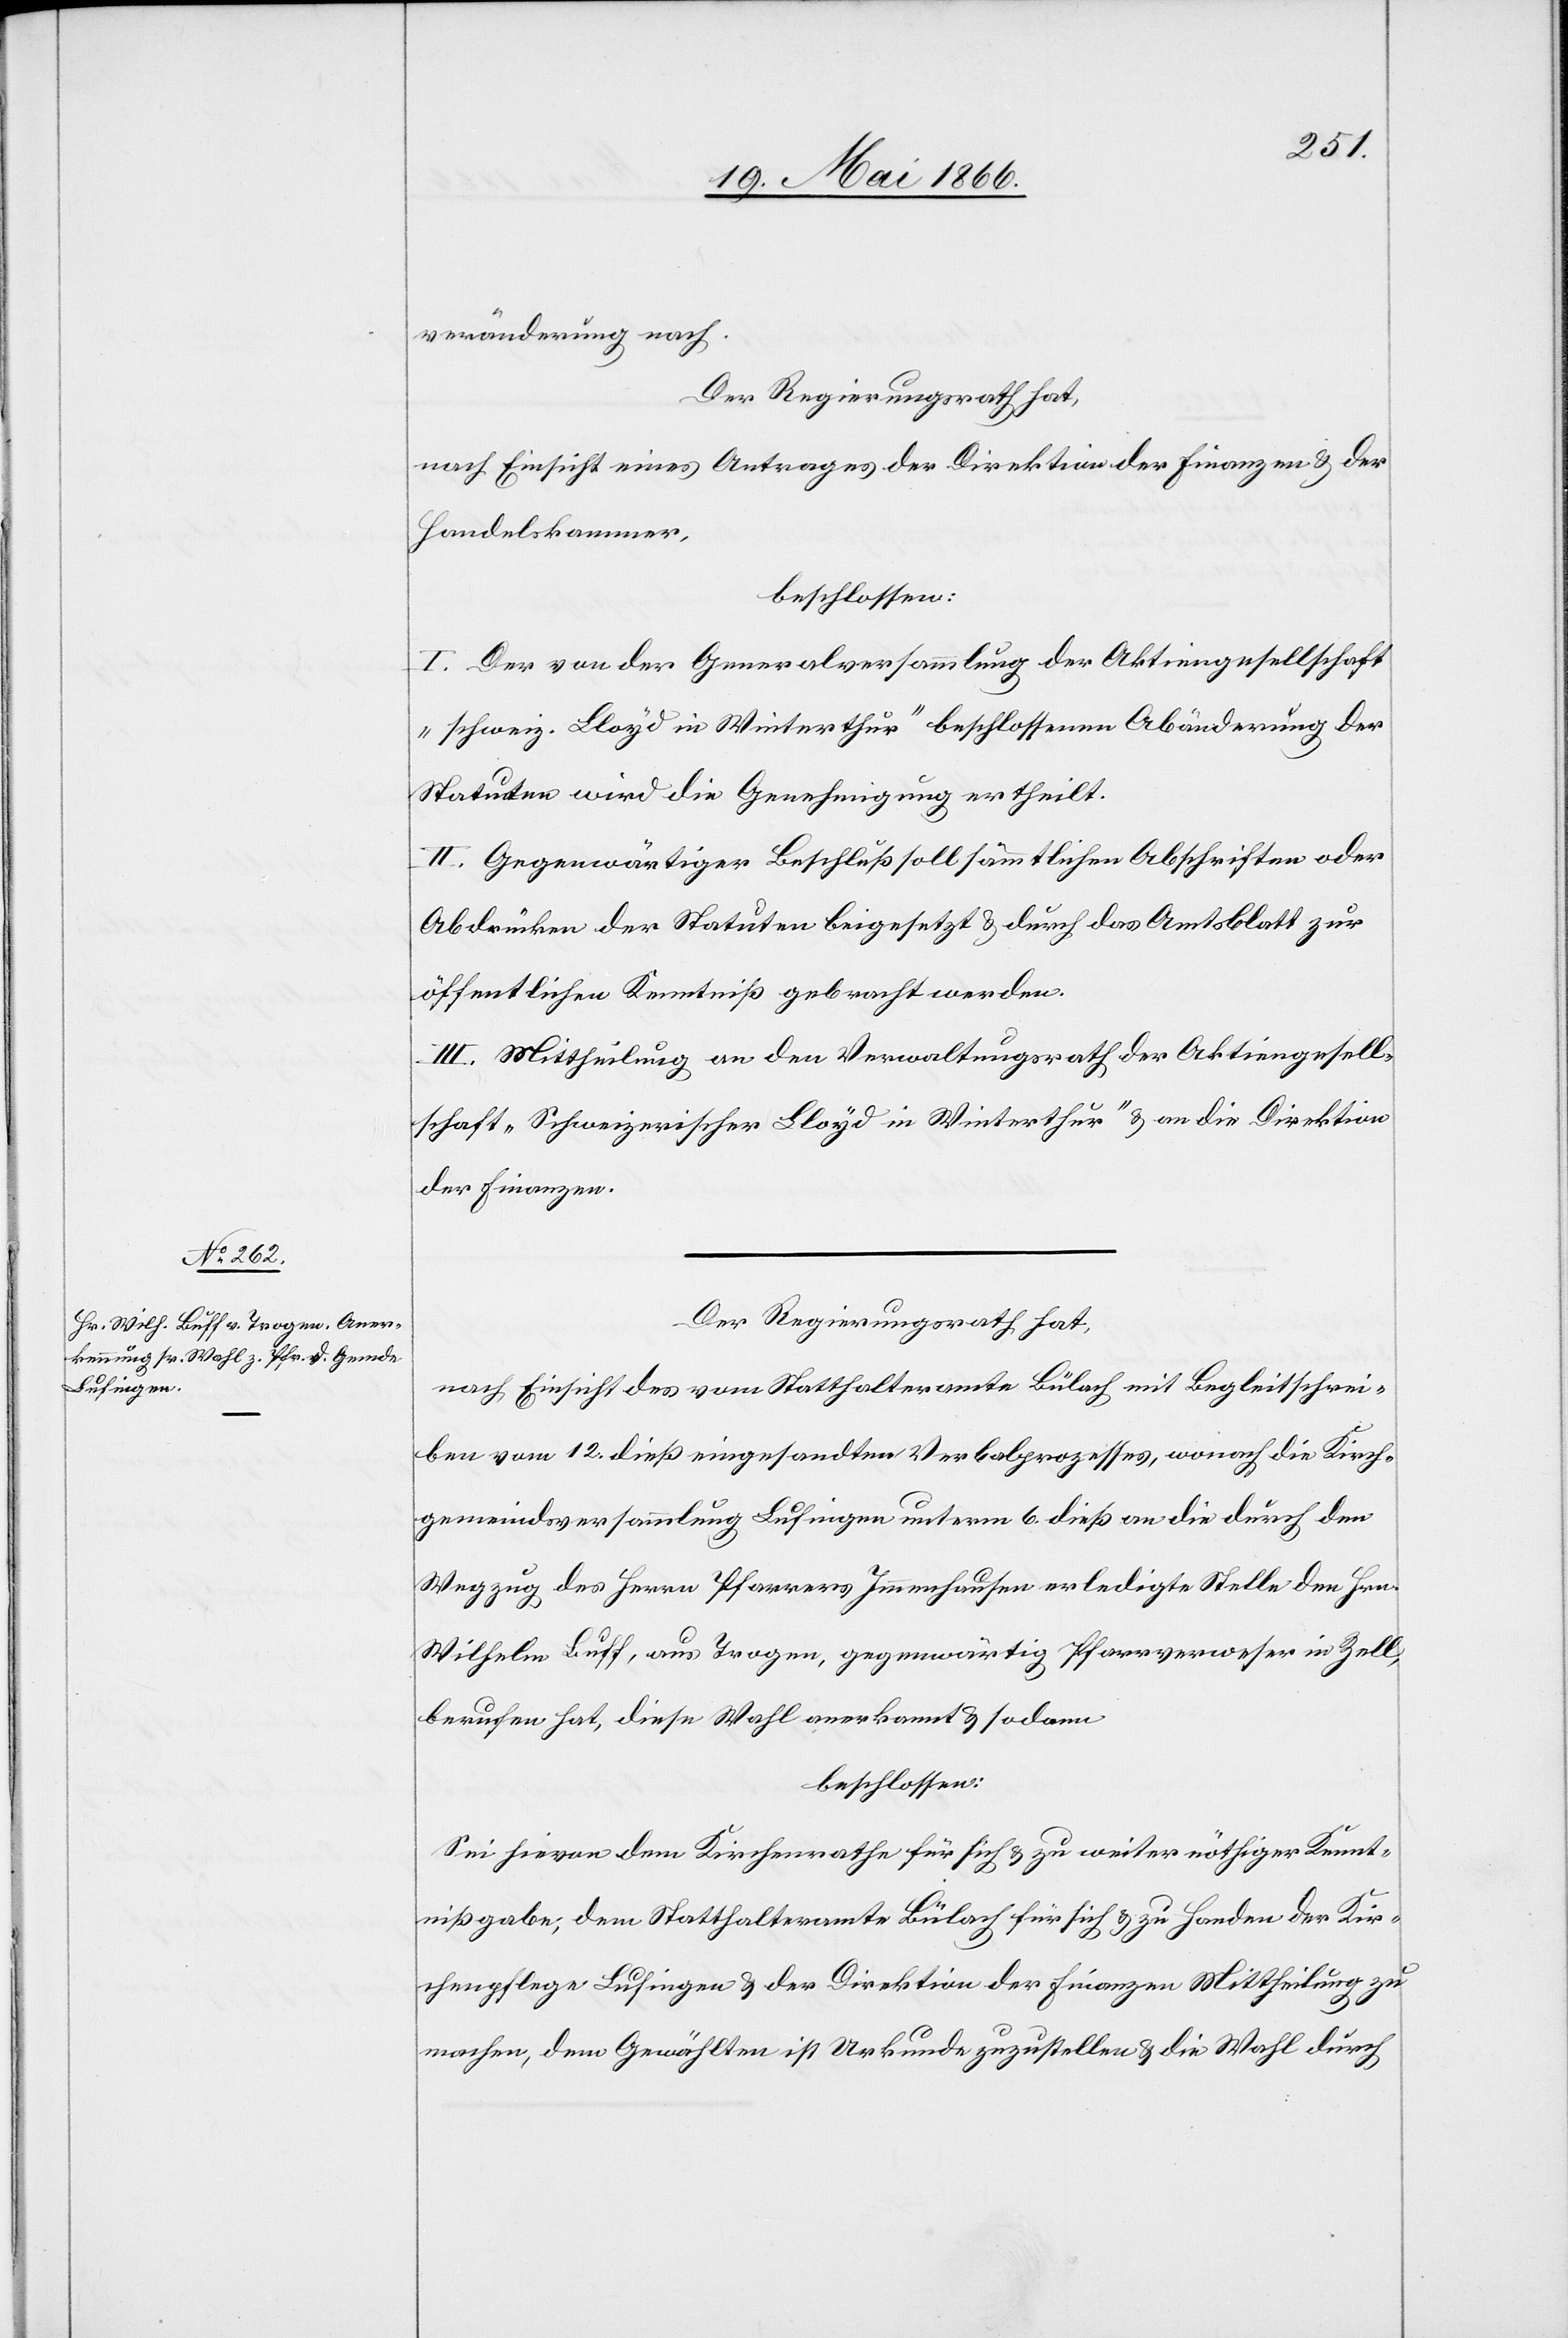
veränderung nach.
Der Regierungsrath hat,
nach Einsicht eines Antrages der Direktion der Finanzen u. der
Handelskammer,
beschlossen:
I. Der von der Generalversammlung der Aktiengesellschaft
„schweiz. Lloyd in Winterthur“ beschlossenen Abänderung der
Statuten wird die Genehmigung ertheilt.
II. Gegenwärtiger Beschluß soll sämmtlichen Abschriften oder
Abdrücken der Statuten beigesetzt u. durch das Amtsblatt zur
öffentlichen Kenntniß gebracht werden.
III. Mittheilung an den Verwaltungsrath der Aktiengesell¬
schaft „Schweizerischer Lloyd in Winterthur“ u. an die Direktion
der Finanzen.
Der Regierungsrath hat,
nach Einsicht des vom Statthalteramte Bülach mit Begleitschrei¬
ben vom 12. dieß eingesandten Verbalprozesses, wonach die Kirch¬
gemeindsversammlung Lufingen unterm 6. dieß an die durch den
Wegzug des Herrn Pfarrer Immenhausen erledigte Stelle den Hrn.
Wilhelm Buff, aus Trogen, gegenwärtig Pfarrverweser in Zell,
berufen hat, diese Wahl anerkannt u. sodann
beschlossen:
Sie hievon dem Kirchenrathe für sich u. zu weiter nöthiger Kennt¬
nißgabe, dem Statthalteramte Bülach für sich u. zu Handen der Kir¬
chenpflege Lufingen u. der Direktion der Finanzen Mittheilung zu
machen, dem Gewählten ist Urkunde zuzustellen u. die Wahl durch